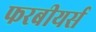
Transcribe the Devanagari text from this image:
फरबीयर्स